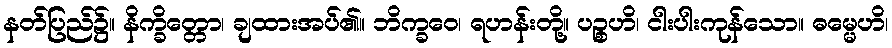
နတ်ပြည်၌။ နိက္ခိတ္တော၊ ချထားအပ်၏။ ဘိက္ခဝေ၊ ရဟန်းတို့။ ပဉ္စဟိ၊ ငါးပါးကုန်သော။ ဓမ္မေဟိ၊